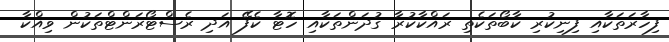
ފިހާރަތަކާއި ފިނިކުރި ކާބޯތަކެތި ރައްކާކުރާ ގުދަންތަކާއި ހޮޓާ ކެފޭ އަދި ރެސްޓޯރަންޓްތަކުން ވިއްކާ